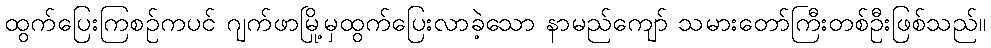
ထွက်ပြေးကြစဉ်ကပင် ဂျက်ဖာမြို့မှထွက်ပြေးလာခဲ့သော နာမည်ကျော် သမားတော်ကြီးတစ်ဦးဖြစ်သည်။